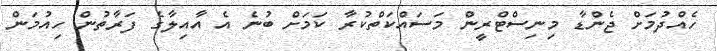
ހެއްދުމަށް ޖެންޑާ މިނިސްޓްރީން މަސައްކަތްކުރާ ކަމަށް ބުނެ އެ އާއިލާގެ ފަރާތުން ހިއުމަން